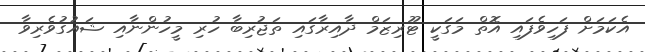
އެކަމަށް ފަހިވެފައި އޮތް މަގަކީ ޓޫރިޒަމް ދާއިރާގައި ތަޖުރިބާ ހުރި މީހުންނާއި ޝައުގުވެރިވާ